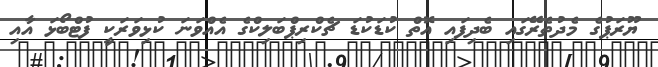
ޔޫރަޕުގެ މެދުތެރޭގައި ބެދިފައި އޮތް ކުޑަކުޑަ ޗެކްރިޕްބަލިކްގެ އެއްވަނަ ކުޅިވަރަކީ ފުޓްބޯޅަ އާއި